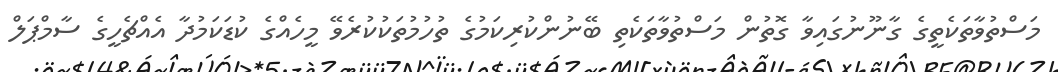
މަސްތުވާތަކެތީގެ ގާނޫނުގައިވާ ގޮތުން މަސްތުވާތަކެތި ބޭނުންކުރިކަމުގެ ތުހުމުތަކުކުރެވޭ މީހެއްގެ ކުޑަކަމުދާ އެއްޗެހީގެ ސާމްޕަލް